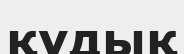
құдық